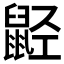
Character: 𬹭